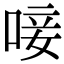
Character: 唼